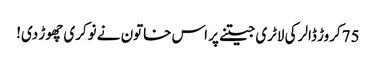
75کروڑ ڈالر کی لاٹری جیتنے پر اس خاتون نے نوکری چھوڑ دی!